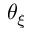
\theta _ { \xi }